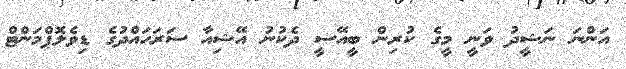
އަންނަ ނަޝީދު ވަނީ މީގެ ކުރިން ބީއޭސީ ދެކުނު އޭޝިއާ ސަރަހައްދުގެ ޑިވެލޮޕްމަންޓް